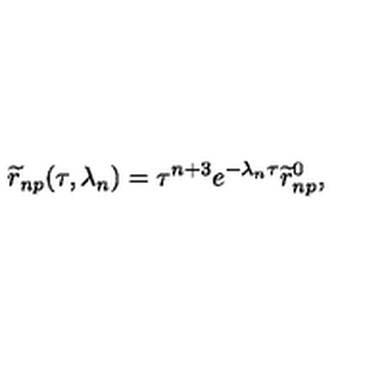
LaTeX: { \widetilde r } _ { n p } ( \tau , \lambda _ { n } ) = \tau ^ { n + 3 } e ^ { - \lambda _ { n } \tau } { \widetilde r } _ { n p } ^ { 0 } ,